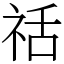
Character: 䄆